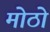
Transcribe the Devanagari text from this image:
मोठो